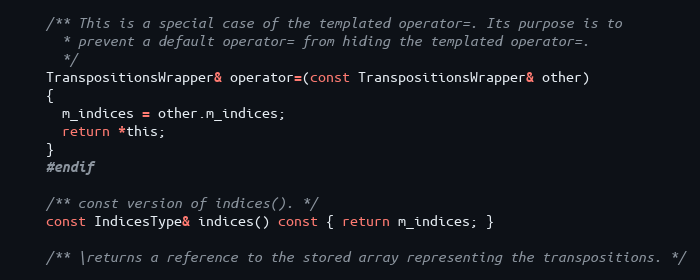
Language: C
    /** This is a special case of the templated operator=. Its purpose is to
      * prevent a default operator= from hiding the templated operator=.
      */
    TranspositionsWrapper& operator=(const TranspositionsWrapper& other)
    {
      m_indices = other.m_indices;
      return *this;
    }
    #endif

    /** const version of indices(). */
    const IndicesType& indices() const { return m_indices; }

    /** \returns a reference to the stored array representing the transpositions. */